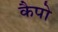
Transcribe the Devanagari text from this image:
कैपो